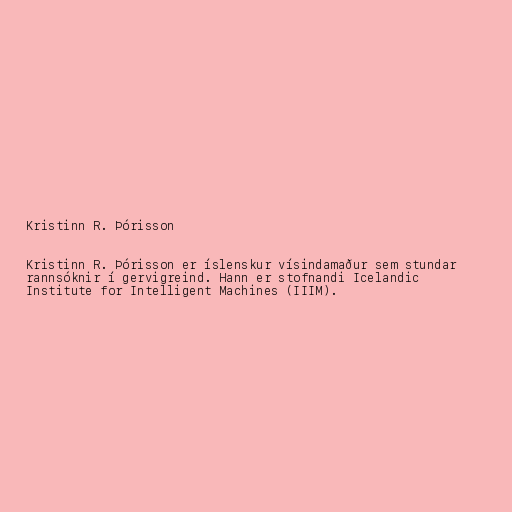
Kristinn R. Þórisson

Kristinn R. Þórisson er íslenskur vísindamaður sem stundar
rannsóknir í gervigreind. Hann er stofnandi Icelandic
Institute for Intelligent Machines (IIIM).